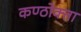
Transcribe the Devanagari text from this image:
कण्ठोक्ता